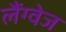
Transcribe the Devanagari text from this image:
लैंग्‍वेज